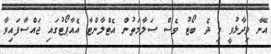
އޭނާ ވިދާޅުވީ މި ދެ ބޯޓު ވެސް ސަލާމަތުން އެޓްލާންްޓާ އެއާޕޯޓުގައި ޖައްސާފައިވާ